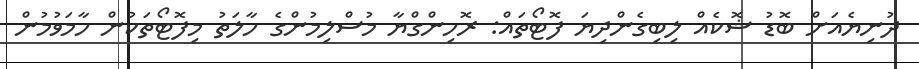
ދުނިޔެއަށް ބޮޑު ޝޮކެއް ލިބިގެންދިޔަ ފޮޓޯތައް: ރޮހިންގްޔާ މުސްލިމުންގެ ހާލަތު މިފޮޓޯތަކުން ހާމަވުމުން